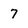
Character: 7